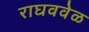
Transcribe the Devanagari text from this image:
राघववेळ